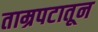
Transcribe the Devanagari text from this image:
ताम्रपटातून